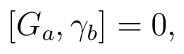
\left[ G_a,\gamma _b\right] =0,